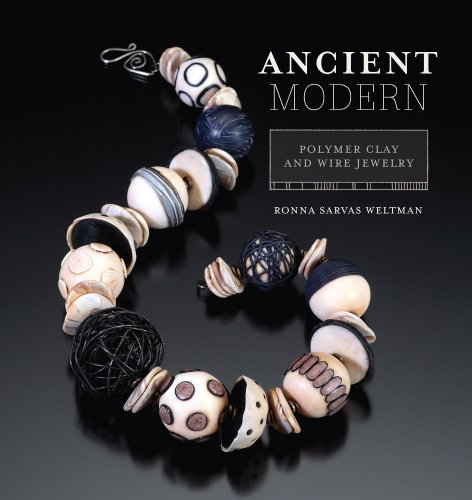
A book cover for Ancient Modern: Polymer Clay And Wire Jewelry; Ronna Weltman; Crafts, Hobbies & Home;